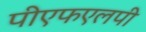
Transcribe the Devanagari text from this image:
पीएफएलपी